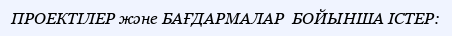
ПРОЕКТІЛЕР және БАҒДАРМАЛАР  БОЙЫНША ІСТЕР: